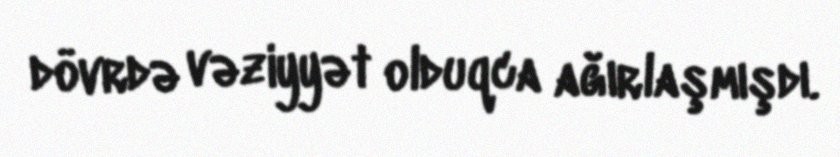
dövrdə vəziyyət olduqca ağırlaşmışdı.